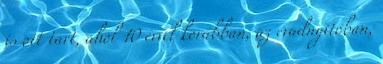
is ott tart, ahol 10 évvel korábban, az évadnyitóban,